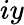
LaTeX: iy